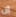
إن